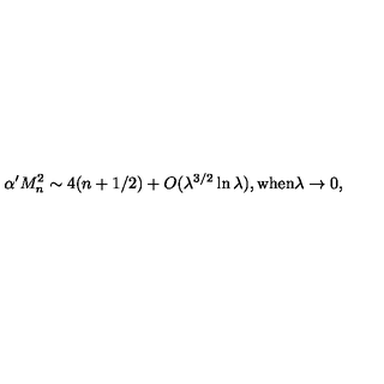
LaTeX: \alpha ^ { \prime } M _ { n } ^ { 2 } \sim 4 ( n + 1 / 2 ) + { O } ( \lambda ^ { 3 / 2 } \ln \lambda ) , \mathrm { w h e n } \lambda \rightarrow 0 ,